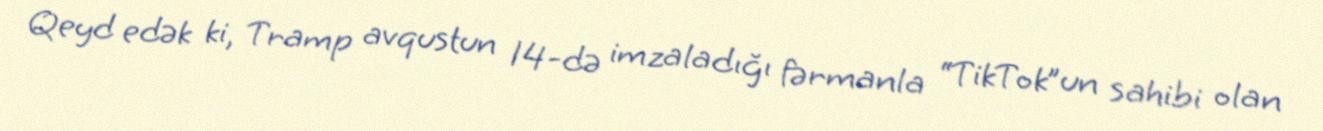
Qeyd edək ki, Tramp avqustun 14-də imzaladığı fərmanla “TikTok”un sahibi olan